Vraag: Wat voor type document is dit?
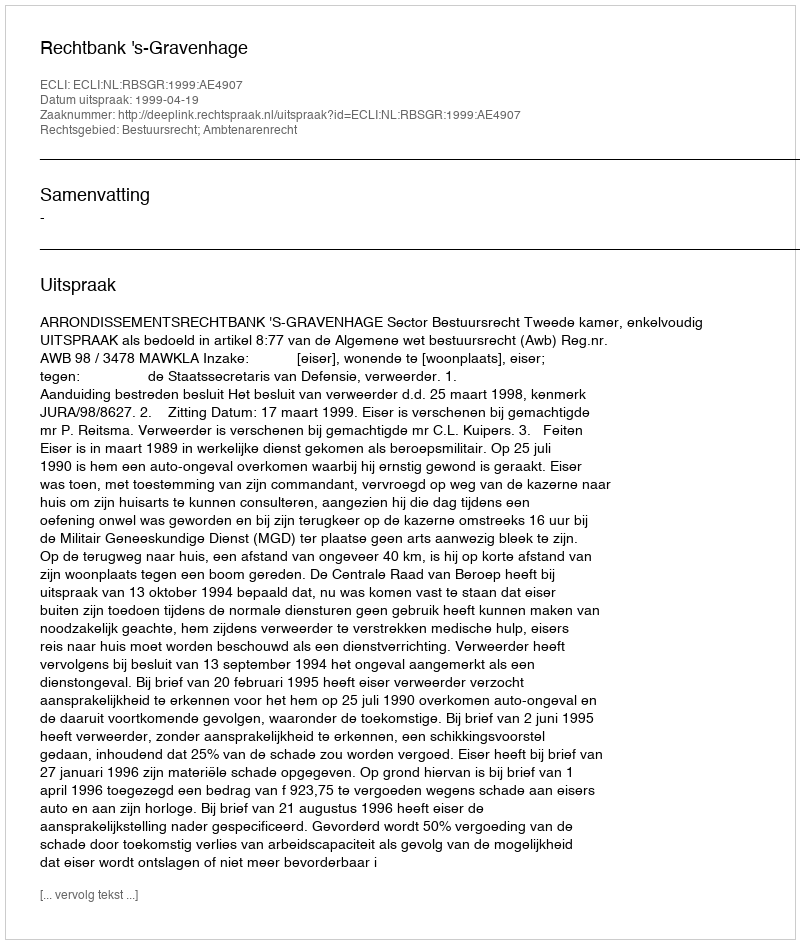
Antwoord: Uitspraak